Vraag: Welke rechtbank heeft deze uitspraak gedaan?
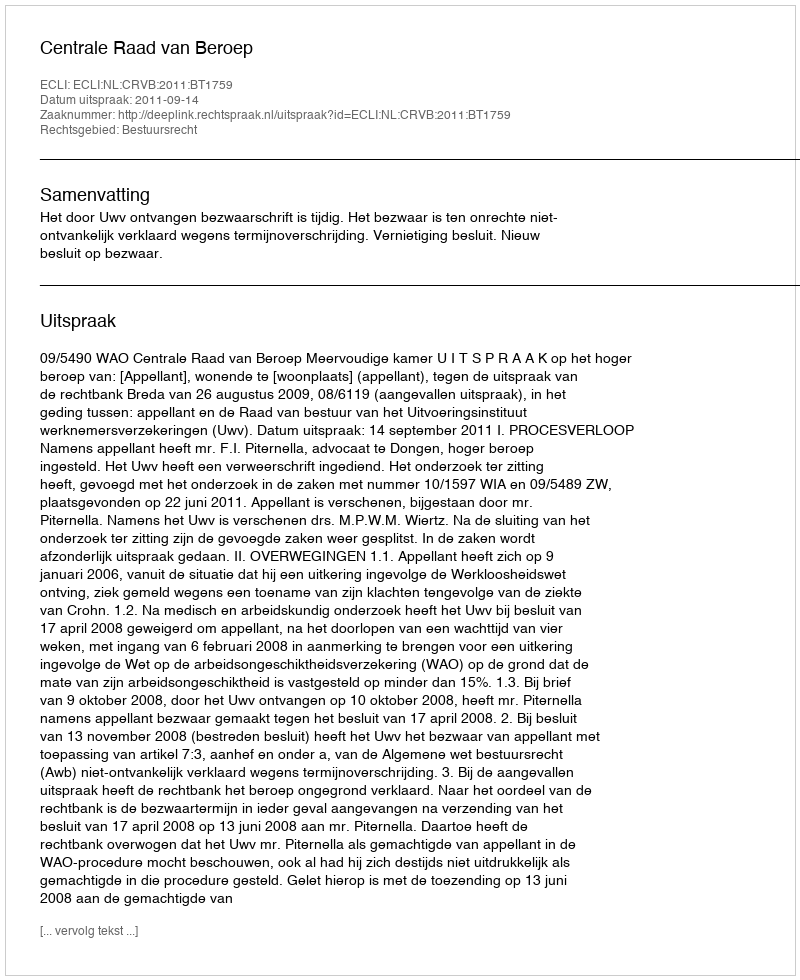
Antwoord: Centrale Raad van Beroep